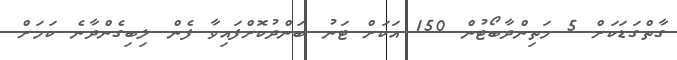
ގާތްގަޑަކަށް 5 މަތިންދާބޯޓުން 150 އަކަށް ޓަނު ބަންދުކޮށްފައިވާ ފެން ލިބިގެންދާނެ ކަމަށް